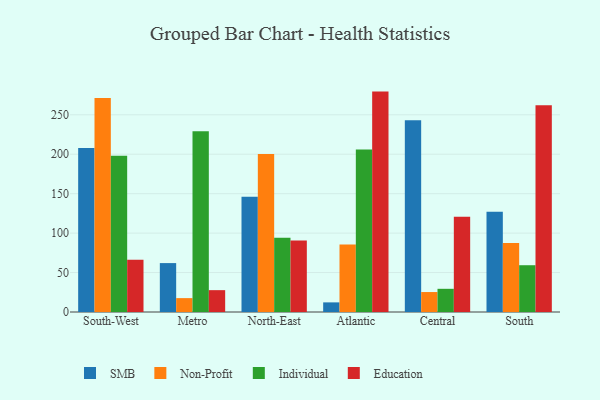
{"axis": {"x": "Region", "y": "Satisfaction Score"}, "legend": ["Education", "Individual", "Non-Profit", "SMB"], "data": [{"x": "South-West", "y": 207.8, "type": "SMB"}, {"x": "South-West", "y": 271.2, "type": "Non-Profit"}, {"x": "South-West", "y": 198.1, "type": "Individual"}, {"x": "South-West", "y": 66.3, "type": "Education"}, {"x": "Metro", "y": 62.0, "type": "SMB"}, {"x": "Metro", "y": 17.6, "type": "Non-Profit"}, {"x": "Metro", "y": 229.1, "type": "Individual"}, {"x": "Metro", "y": 27.7, "type": "Education"}, {"x": "North-East", "y": 146.1, "type": "SMB"}, {"x": "North-East", "y": 200.4, "type": "Non-Profit"}, {"x": "North-East", "y": 94.0, "type": "Individual"}, {"x": "North-East", "y": 90.5, "type": "Education"}, {"x": "Atlantic", "y": 12.2, "type": "SMB"}, {"x": "Atlantic", "y": 85.6, "type": "Non-Profit"}, {"x": "Atlantic", "y": 206.0, "type": "Individual"}, {"x": "Atlantic", "y": 279.4, "type": "Education"}, {"x": "Central", "y": 243.2, "type": "SMB"}, {"x": "Central", "y": 25.3, "type": "Non-Profit"}, {"x": "Central", "y": 29.4, "type": "Individual"}, {"x": "Central", "y": 120.6, "type": "Education"}, {"x": "South", "y": 127.1, "type": "SMB"}, {"x": "South", "y": 87.4, "type": "Non-Profit"}, {"x": "South", "y": 59.3, "type": "Individual"}, {"x": "South", "y": 262.2, "type": "Education"}]}